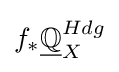
f_{*}{\underline {\mathbb {Q} }}_{X}^{Hdg}